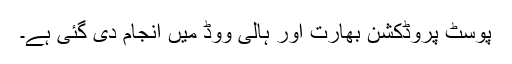
پوسٹ پروڈکشن بھارت اور ہالی ووڈ میں انجام دی گئی ہے۔